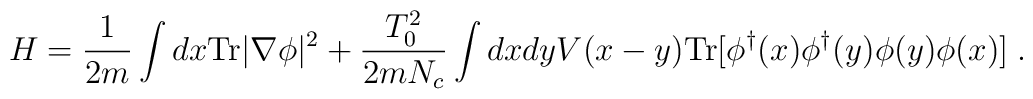
H = {1\over 2m}\int dx{\rm Tr}|\nabla\phi|^2  + {T_0^2\over 2mN_c}\int dxdy V(x-y){\rm Tr}[\phi^\dagger(x)    \phi^\dagger(y)\phi(y)\phi(x)] \; .